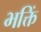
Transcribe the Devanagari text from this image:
भक्तिं